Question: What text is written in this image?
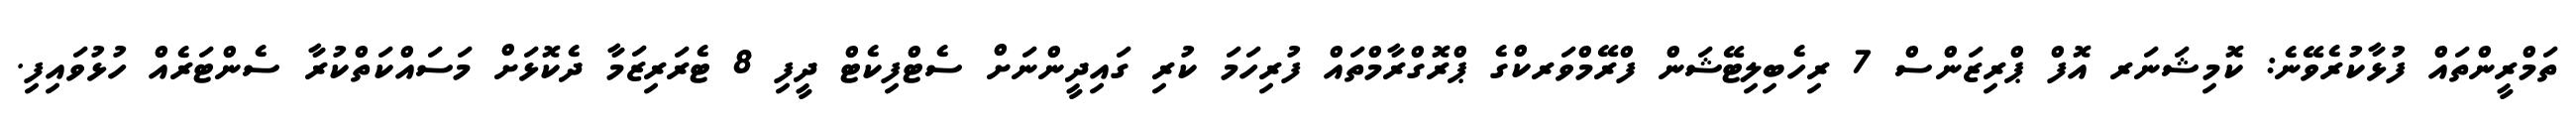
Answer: ތަމްރީންތައް ފުޅާކުރެވޭނެ: ކޮމިޝަނަރ އޮފް ޕްރިޒަންސް 7 ރިހެބިލިޓޭޝަން ފްރޭމްވަރކްގެ ޕްރޮގްރާމްތައް ފުރިހަމަ ކުރި ގައިދީންނަށް ސެޓްފިކެޓް ދީފި 8 ޓެރަރިޒަމާ ދެކޮޅަށް މަސައްކަތްކުރާ ސެންޓަރެއް ހުޅުވައިފި.